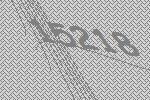
15218